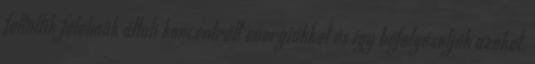
feltöltik félelmük általi koncentrált energiákkal és így befolyásolják azokat.